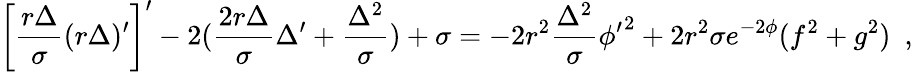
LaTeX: \left[\frac{r\Delta}{\sigma}(r\Delta)^{\prime}\right]^{\prime}-2(\frac{2r\Delta}{\sigma}\Delta^{\prime}+\frac{\Delta^{2}}{\sigma})+\sigma=-2r^{2}\frac{\Delta^{2}}{\sigma}{\phi^{\prime}}^{2}+2r^{2}\sigma e^{-2\phi}(f^{2}+g^{2})~~,